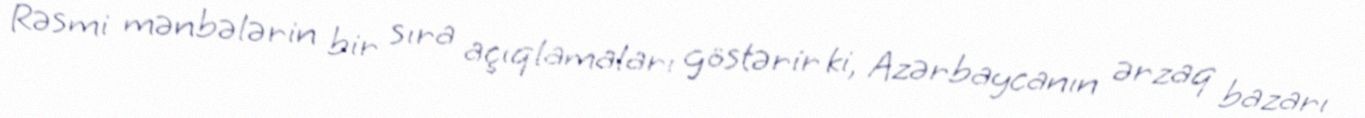
Rəsmi mənbələrin bir sıra açıqlamaları göstərir ki, Azərbaycanın ərzaq bazarı